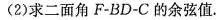
（2）求二面角F-BD-C的余弦值.